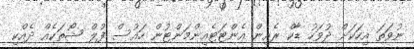
ނުވަތަ އިހަކަށް ދުވަހު ޑާކް ރެއިން އެންޓަޓެއިންމަންޓުން ހައުސް ފުލް ޝޯތަކެއް ދެއްކި